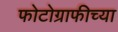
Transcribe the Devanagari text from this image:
फोटोग्राफीच्या